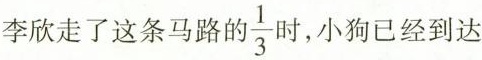
李欣走了这条马路的\frac{1}{3}时，小狗已经到达